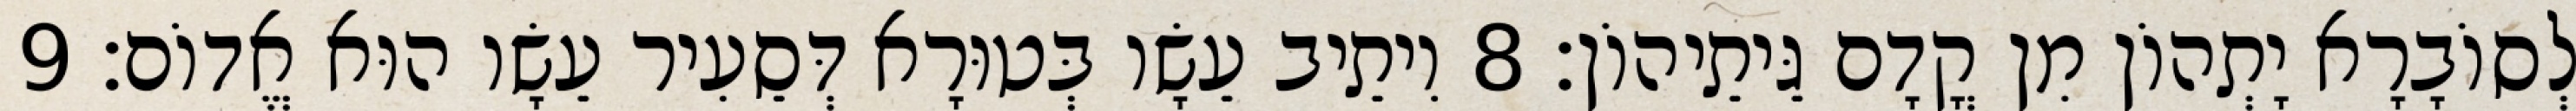
לְסוֹבָרָא יָתְהוֹן מִן קֳדָם גֵּיתֵיהוֹן׃ 8 וִיתֵיב עֵשָׂו בְּטוּרָא דְּסֵעִיר עֵשָׂו הוּא אֱדוֹם׃ 9